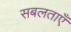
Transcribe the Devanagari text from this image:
सबलताएँ